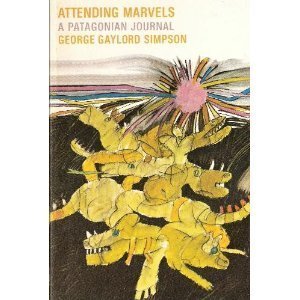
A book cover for Attending Marvels: A Patagonian Journal; George Gaylord Simpson; Travel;